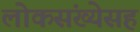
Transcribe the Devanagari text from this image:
लोकसंख्येसह